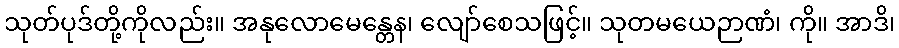
သုတ်ပုဒ်တို့ကိုလည်း။ အနုလောမေန္တေန၊ လျော်စေသဖြင့်။ သုတမယေဉာဏံ၊ ကို။ အာဒိ၊